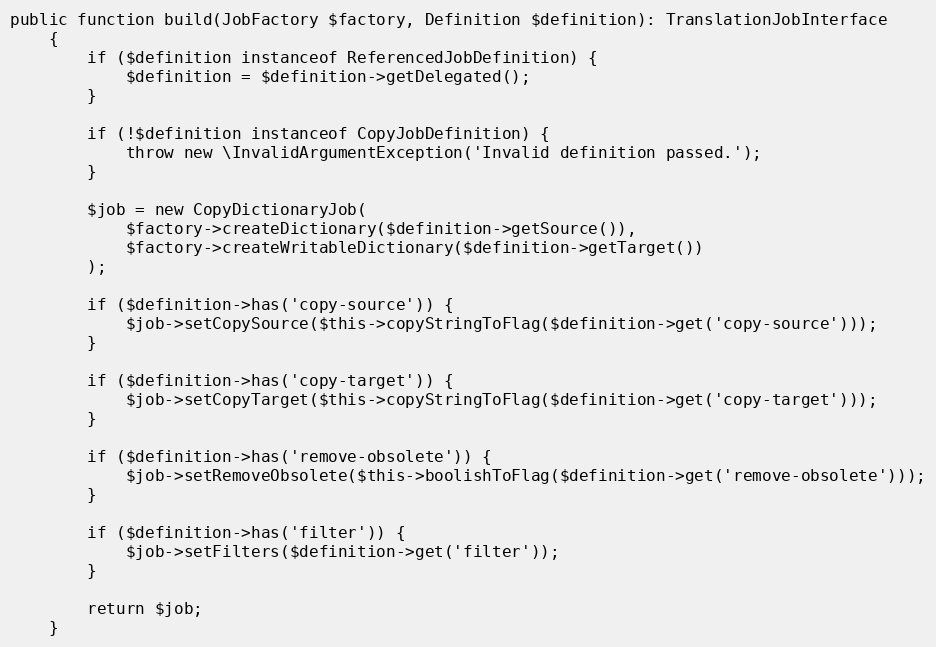
Language: PHP
public function build(JobFactory $factory, Definition $definition): TranslationJobInterface
    {
        if ($definition instanceof ReferencedJobDefinition) {
            $definition = $definition->getDelegated();
        }

        if (!$definition instanceof CopyJobDefinition) {
            throw new \InvalidArgumentException('Invalid definition passed.');
        }

        $job = new CopyDictionaryJob(
            $factory->createDictionary($definition->getSource()),
            $factory->createWritableDictionary($definition->getTarget())
        );

        if ($definition->has('copy-source')) {
            $job->setCopySource($this->copyStringToFlag($definition->get('copy-source')));
        }

        if ($definition->has('copy-target')) {
            $job->setCopyTarget($this->copyStringToFlag($definition->get('copy-target')));
        }

        if ($definition->has('remove-obsolete')) {
            $job->setRemoveObsolete($this->boolishToFlag($definition->get('remove-obsolete')));
        }

        if ($definition->has('filter')) {
            $job->setFilters($definition->get('filter'));
        }

        return $job;
    }